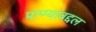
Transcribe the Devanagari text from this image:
प्राण्यांबद्दल